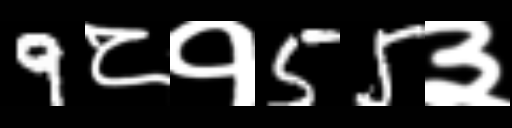
Text: 9८१55३